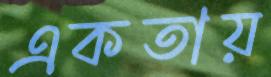
একতায়